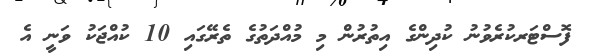
ފޮސްޓަރކުރެވުނު ކުދިންގެ އިތުރުން މި މުއްދަތުގެ ތެރޭގައި 10 ކުއްޖަކު ވަނީ އެ